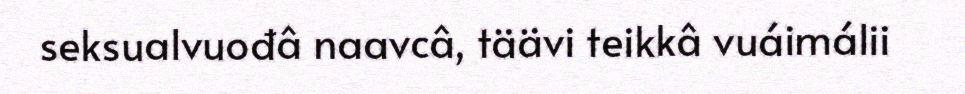
seksualvuođâ naavcâ, täävi teikkâ vuáimálii